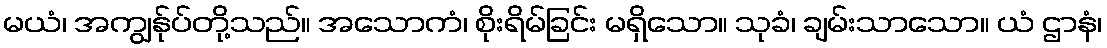
မယံ၊ အကျွန်ုပ်တို့သည်။ အသောကံ၊ စိုးရိမ်ခြင်း မရှိသော။ သုခံ၊ ချမ်းသာသော။ ယံ ဌာနံ၊